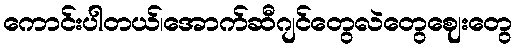
ကောင်းပါတယ်၊အောက်ဆီဂျင်တွေလဲတွေဈေးတွေ